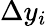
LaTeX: \Delta{y}_{i}